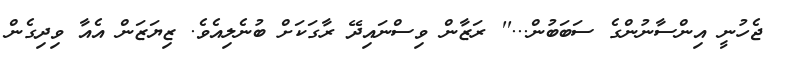
ޖެހުނީ އިންސާނުންގެ ސަބަބުން...'' ރަޒާން ވިސްނައިދޭ ރާގަކަށް ބުނެލިއެވެ. ޒިޔަޒަން އެއާ ވިދިގެން